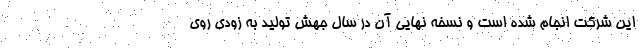
این شرکت انجام شده است و نسخه نهایی آن در سال جهش تولید به زودی روی